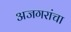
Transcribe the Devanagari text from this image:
अजगरांचा